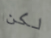
لكن